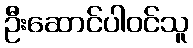
ဦးဆောင်ပါဝင်သူ